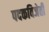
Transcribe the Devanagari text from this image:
पदकविजेती